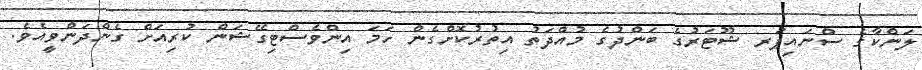
ލަންކާގެ ސްނައިޕަރ ޝޫޓަރުގެ ބަންދުގެ މުއްދަތު އިތުރުކޮށްގެން ހަމަ އިންވެސްޓިގޭޝަން ކުރިއަށް ގެންދަންވީއެވެ.